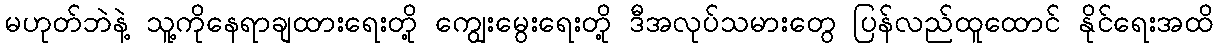
မဟုတ်ဘဲနဲ့ သူ့ကိုနေရာချထားရေးတို့ ကျွေးမွေးရေးတို့ ဒီအလုပ်သမားတွေ ပြန်လည်ထူထောင် နိုင်ရေးအထိ